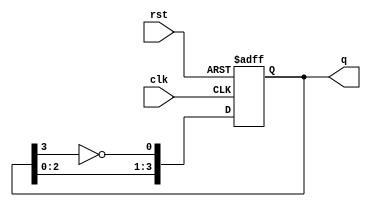
module johnson_counter(clk, rst, q);
  input clk;
  input rst;
  output reg [3:0] q;
  
  always @(posedge clk or posedge rst) begin
    if (rst)
      q <= 4'b1000;
    else begin
      q[0] <= ~q[3];
      q[1] <= q[0];
      q[2] <= q[1];
      q[3] <= q[2];
    end
  end
endmodule
module test_johnson_counter;
  reg clk;
  reg rst;
  wire [3:0] q;
  
  ring_counter uut (clk, rst, q);
  
  always #5 clk = ~clk;
  
  initial begin
    clk=0;rst=0;#10
    rst=1;#10;
    rst=0;#200;
    $stop;
  end
endmodule